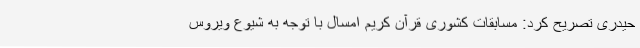
حیدری تصریح کرد: مسابقات کشوری قرآن کریم امسال با توجه به شیوع ویروس